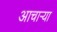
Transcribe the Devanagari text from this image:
आचार्‍या